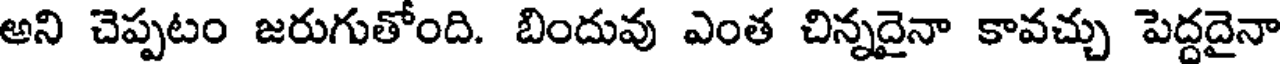
అని చెప్పటం జరుగుతోంది. బిందువు ఎంత చిన్నదైనా కావచ్చు పెద్దదైనా